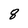
Character: 8